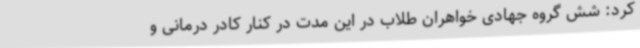
کرد: شش گروه جهادی خواهران طلاب در این مدت در کنار کادر درمانی و